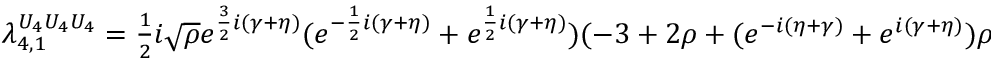
\begin{array} { r } { \lambda _ { 4 , 1 } ^ { U _ { 4 } U _ { 4 } U _ { 4 } } = \frac { 1 } { 2 } i \sqrt { \rho } e ^ { \frac { 3 } { 2 } i ( \gamma + \eta ) } ( e ^ { - \frac { 1 } { 2 } i ( \gamma + \eta ) } + e ^ { \frac { 1 } { 2 } i ( \gamma + \eta ) } ) ( - 3 + 2 \rho + ( e ^ { - i ( \eta + \gamma ) } + e ^ { i ( \gamma + \eta ) } ) \rho ) , } \end{array}